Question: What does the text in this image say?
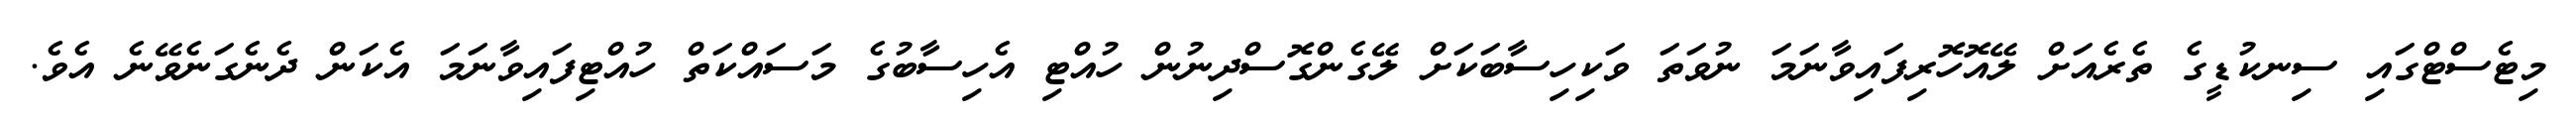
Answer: މިޓެސްޓްގައި ސިނކުޑީގެ ތެރެއަށް ލޭއޮހޮރިފައިވާނަމަ ނުވަތަ ވަކިހިސާބަކަށް ލޭގެންގޮސްދިނުން ހުއްޓި އެހިސާބުގެ މަސައްކަތް ހުއްޓިފައިވާނަމަ އެކަން ދެނެގަނެވޭނެ އެވެ.